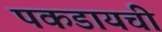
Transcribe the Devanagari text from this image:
पकडायची